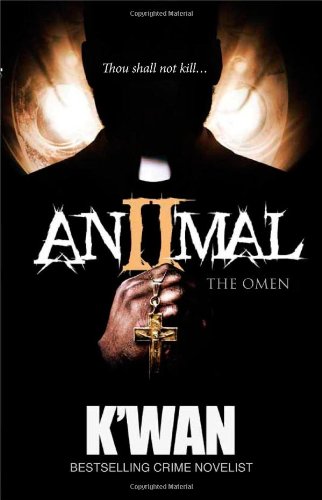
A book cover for Animal 2: The Omen; K'wan; Literature & Fiction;